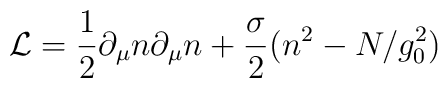
{\cal L}=\frac{1}{2}\partial_\mu n\partial_\mu n            +\frac{\sigma}{2}(n^2-N/g_0^2)